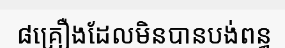
៨គ្រឿងដែលមិនបានបង់ពន្ធ